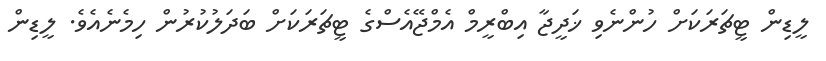
ލީޑިން ޓީޗަރަކަށް ހުންނެވި ޚަދީޖާ އިބްރީމް އެމްޖޭއެސްގެ ޓީޗަރަކަށް ބަދަލުކުރުން ހިމެނެއެވެ. ލީޑިން